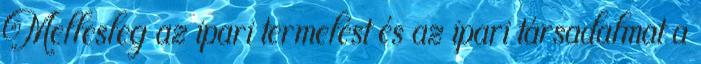
Mellesleg az ipari termelést és az ipari társadalmat a